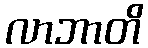
လာဘာတိ